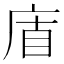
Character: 𢈬